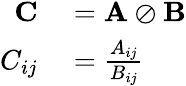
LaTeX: \begin{array}{rl}{\mathbf{C}}&{{}=\mathbf{A}\oslash\mathbf{B}}\\ {C_{ij}}&{{}={\frac{A_{ij}}{B_{ij}}}}\end{array}